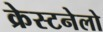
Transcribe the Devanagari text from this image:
क्रेस्टनेलो